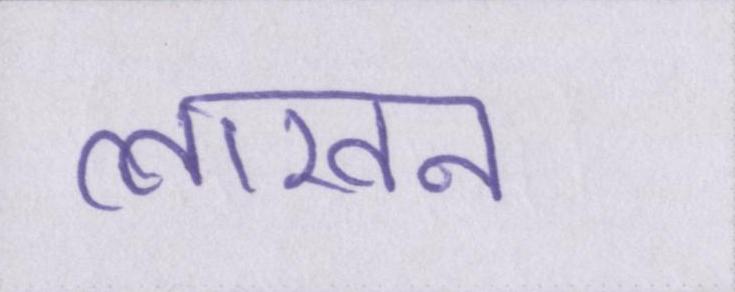
लाखन